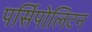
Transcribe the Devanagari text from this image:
पर्सिपोलिटन